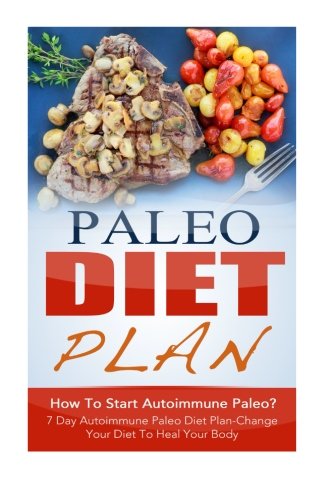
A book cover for Paleo Diet Plan: How To Start Autoimmune Paleo? 7 Day Autoimmune Paleo Diet Plan-Change Your Diet To Heal Your Body (Paleo Diet Plan, Paleo Diet ... Disease, Autoimmune Diet, Autoimmune Paleo); Amelia Sanders; Health, Fitness & Dieting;